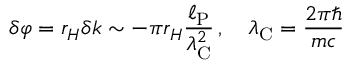
\delta \varphi = r _ { H } \delta k \sim - \pi r _ { H } \frac { \ell _ { \mathrm { P } } } { \lambda _ { \mathrm { C } } ^ { 2 } } \, , \quad \lambda _ { \mathrm { C } } = \frac { 2 \pi \hbar } { m c }